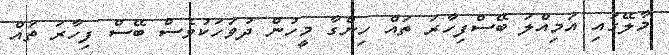
މާލޭގައި އަމިއްލަ ބޭސްފިހާރަ ތައް ހިންގާ މީހުން ދުވަހަކުވެސް ބޭސް ފިހާރަ ތައް